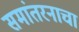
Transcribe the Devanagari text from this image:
समांतरनाचा